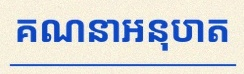
គណនាអនុបាត